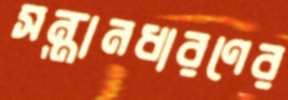
সন্তানধারণের